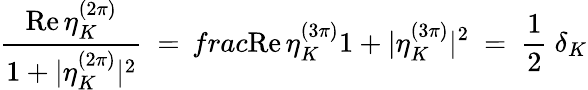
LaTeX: \frac{\mathrm{Re}\, \eta_{K}^{(2\pi)}}{1+|\eta_{K}^{(2\pi)}|^{2}}\ =\, frac{\mathrm{Re}\, \eta_{K}^{(3\pi)}}{1+|\eta_{K}^{(3\pi)}|^{2}}\ =\ \frac 12\ \delta_{K}